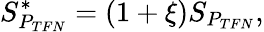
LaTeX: S_{P_{TFN}}^{\mathrm{*}}=(1+\xi)S_{P_{TFN}},